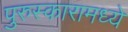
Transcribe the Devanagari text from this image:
पुरुस्कारामध्ये